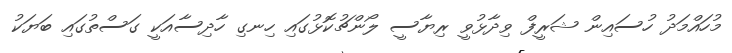
މުހައްމަދު ހުސައިން ޝަރީފް ވިދާޅުވީ ރިޔާސީ ލޯންޗުކޮޅުގައި ހިނގި ހާދިސާއަކީ ގަސްތުގައި ބަޔަކު